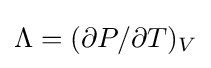
\Lambda =(\partial P/\partial T)_{V}